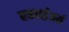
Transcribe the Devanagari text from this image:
बकनईअर्स